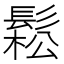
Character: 鬆